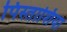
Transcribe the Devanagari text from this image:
पिस्ताशिया